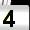
Digit: 4